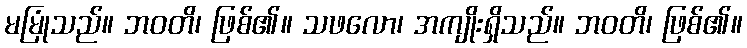
မမြုံသည်။ ဘဝတိ၊ ဖြစ်၏။ သဖလော၊ အကျိုးရှိသည်။ ဘဝတိ၊ ဖြစ်၏။